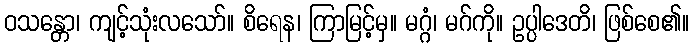
ဝသန္တော၊ ကျင့်သုံးလသော်။ စိရေန၊ ကြာမြင့်မှ။ မဂ္ဂံ၊ မဂ်ကို။ ဥပ္ပါဒေတိ၊ ဖြစ်စေ၏။